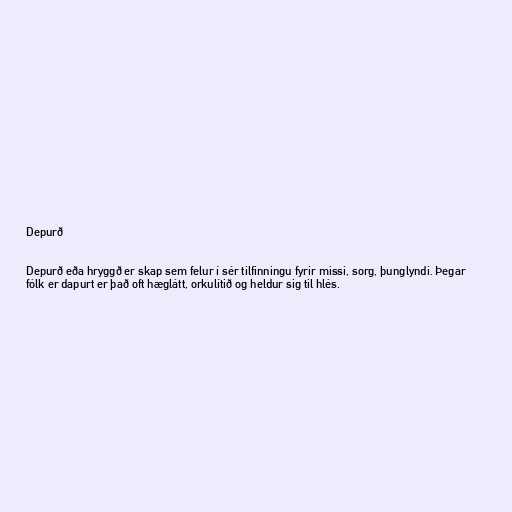
Depurð

Depurð eða hryggð er skap sem felur í sér tilfinningu fyrir missi, sorg, þunglyndi. Þegar
fólk er dapurt er það oft hæglátt, orkulítið og heldur sig til hlés.